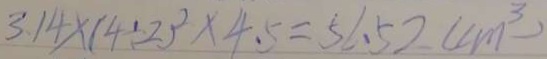
3 . 1 4 \times ( 4 . 2 ) ^ { 2 } \times 4 . 5 = 5 6 . 5 2 ( c m ^ { 3 } )